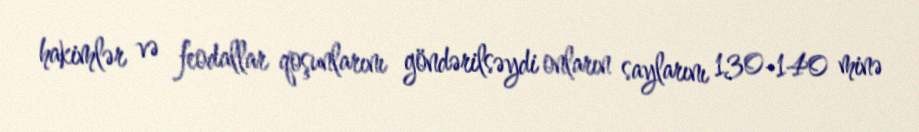
hakimlər və feodallar qoşunlarını göndərilsəydi onların saylarını 130-140 minə